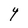
Character: Y